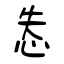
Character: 怣